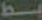
بط